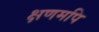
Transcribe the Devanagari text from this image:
क्षणमपि